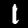
Digit: 1